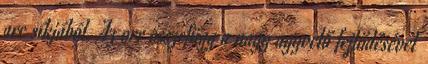
arc síkjából. Az orr összefügg a nagy agyvelő fejlődésével